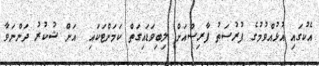
އެކުގައި އުޅުއްވުމުގެ ފުރުސަތު ފާރިސްއަށް ލިބިވަޑައިގަތް ކަމަށްޓަކައި  އަށް ޝުކުރު ދަންނަވާ